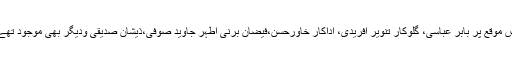
اس موقع پر بابر عباسی، گلوکار تنویر آفریدی، اداکار خاورحسن،فیضان برنی اطہر جاوید صوفی،ذیشان صدیقی ودیگر بھی موجود تھے۔